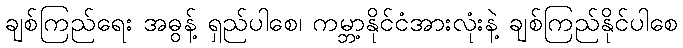
ချစ်ကြည်ရေး အဓွန့် ရှည်ပါစေ၊ ကမ္ဘာ့နိုင်ငံအားလုံးနဲ့ ချစ်ကြည်နိုင်ပါစေ